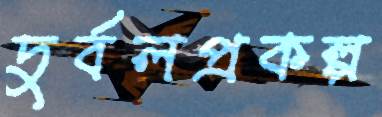
দুর্বলপ্রকল্প